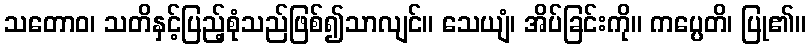
သတောဝ၊ သတိနှင့်ပြည့်စုံသည်ဖြစ်၍သာလျင်။ သေယျံ၊ အိပ်ခြင်းကို။ ကပ္ပေတိ၊ ပြု၏။